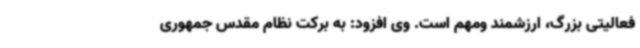
فعالیتی بزرگ، ارزشمند ومهم است. وی افزود: به برکت نظام مقدس جمهوری